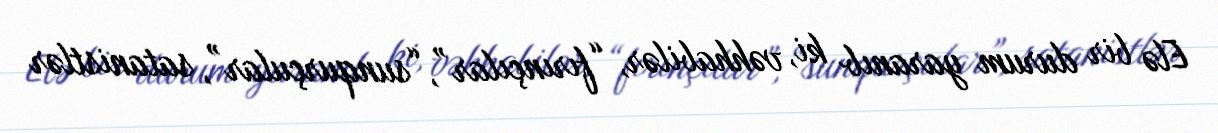
Elə bir durum yaranıb ki, vəhhabilər, “fırınçılar”, “sunqurçular”, satanistlər